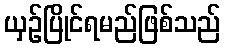
ယှဉ်ပြိုင်ရမည်ဖြစ်သည်